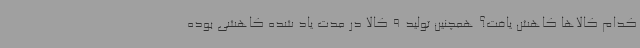
کدام کالاها کاهش یافت؟ همچنین تولید 9 کالا در مدت یاد شده کاهشی بوده